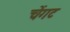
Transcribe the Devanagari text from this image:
चेंगट